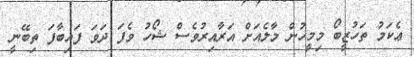
ޢެކަމު ތަހުޒީބޯ މިމީހުން މާލެއަށް އަރާއިރުވެސް ޝޯހު ވެފަ ދަވަ ފައިބާފަ ތިބޭނީ